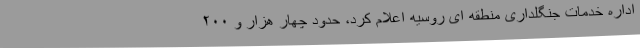
اداره خدمات جنگلداری منطقه ای روسیه اعلام کرد، حدود چهار هزار و ۲۰۰